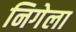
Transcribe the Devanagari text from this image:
निगेला